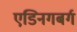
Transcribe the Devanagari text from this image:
एडिनगबर्ग